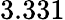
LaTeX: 3.331